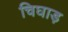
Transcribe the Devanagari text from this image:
चिघाड़